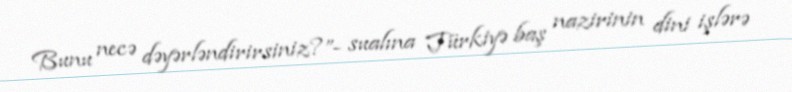
Bunu necə dəyərləndirirsiniz?”- sualına Türkiyə baş nazirinin dini işlərə